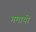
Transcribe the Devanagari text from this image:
गमायो